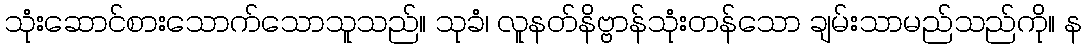
သုံးဆောင်စားသောက်သောသူသည်။ သုခံ၊ လူနတ်နိဗ္ဗာန်သုံးတန်သော ချမ်းသာမည်သည်ကို။ န